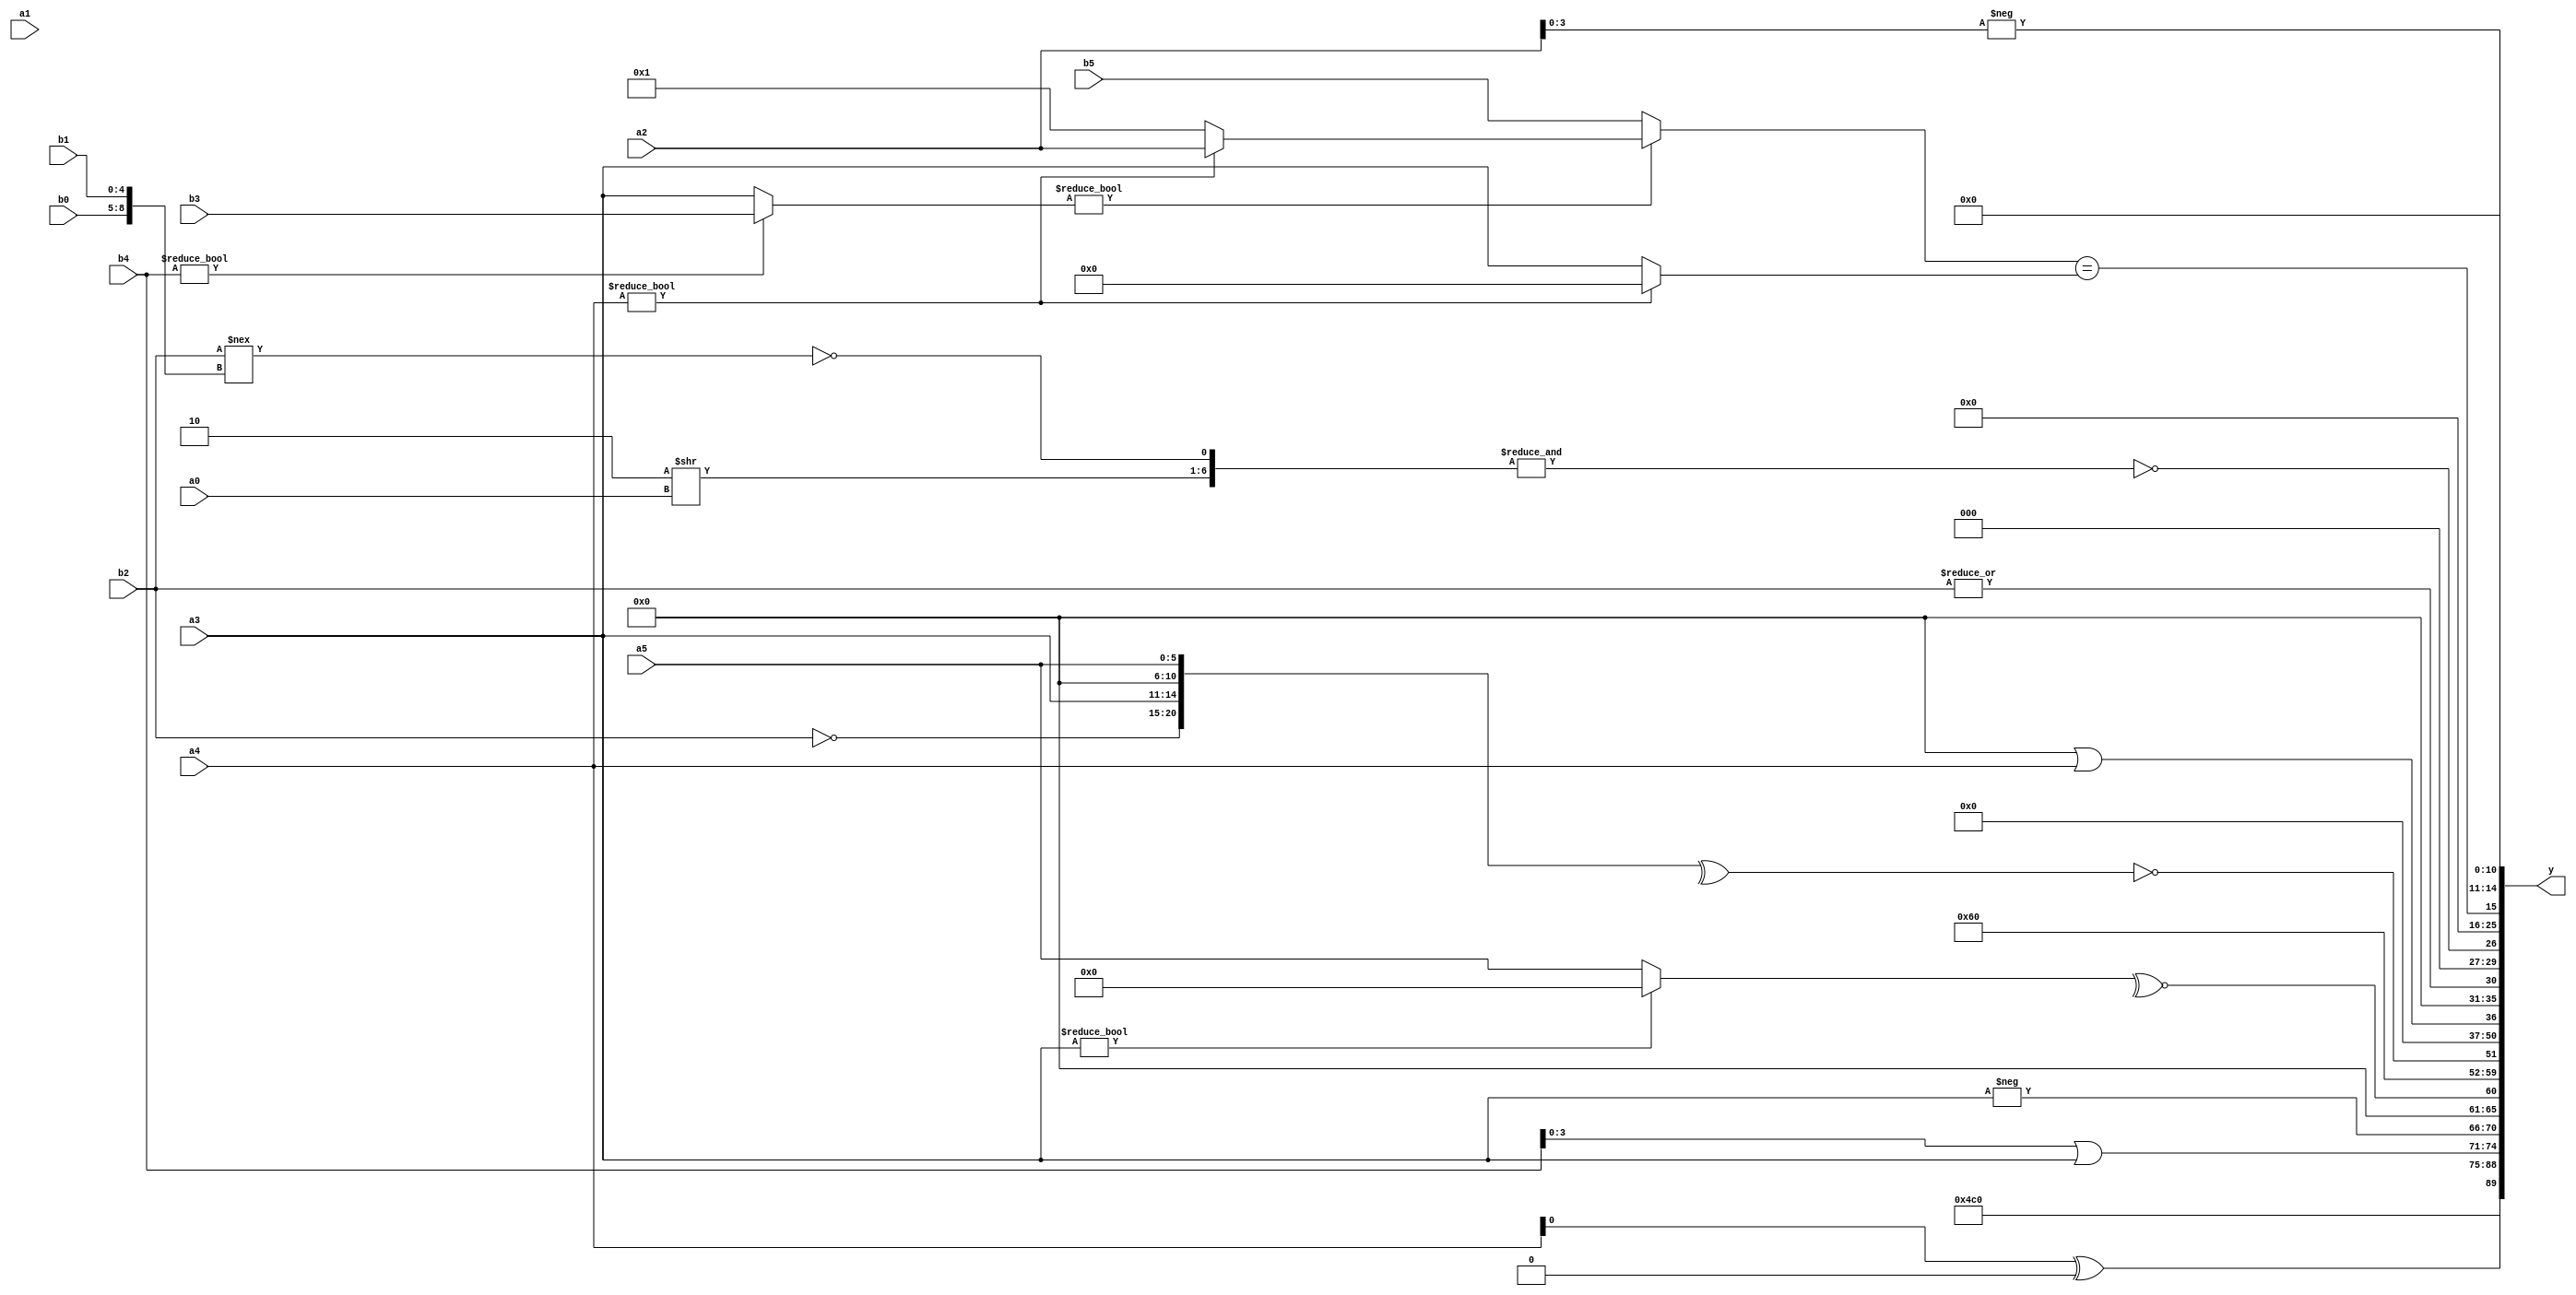
module expression_00968(a0, a1, a2, a3, a4, a5, b0, b1, b2, b3, b4, b5, y);
  input [3:0] a0;
  input [4:0] a1;
  input [5:0] a2;
  input signed [3:0] a3;
  input signed [4:0] a4;
  input signed [5:0] a5;

  input [3:0] b0;
  input [4:0] b1;
  input [5:0] b2;
  input signed [3:0] b3;
  input signed [4:0] b4;
  input signed [5:0] b5;

  wire [3:0] y0;
  wire [4:0] y1;
  wire [5:0] y2;
  wire signed [3:0] y3;
  wire signed [4:0] y4;
  wire signed [5:0] y5;
  wire [3:0] y6;
  wire [4:0] y7;
  wire [5:0] y8;
  wire signed [3:0] y9;
  wire signed [4:0] y10;
  wire signed [5:0] y11;
  wire [3:0] y12;
  wire [4:0] y13;
  wire [5:0] y14;
  wire signed [3:0] y15;
  wire signed [4:0] y16;
  wire signed [5:0] y17;

  output [89:0] y;
  assign y = {y0,y1,y2,y3,y4,y5,y6,y7,y8,y9,y10,y11,y12,y13,y14,y15,y16,y17};

  localparam [3:0] p0 = {(((2'd2)+(-2'sd1))||((5'd2)===(3'd1))),{(^((3'sd1)-(-2'sd0)))},(~^((~(4'sd0))>=((2'd0)>>(3'sd2))))};
  localparam [4:0] p1 = ((2'd0)>=(3'd1));
  localparam [5:0] p2 = (~^(({(5'sd3),(-3'sd0)}&&{(4'sd5)})==((&(-3'sd0))>>>(4'd15))));
  localparam signed [3:0] p3 = {4{(-2'sd0)}};
  localparam signed [4:0] p4 = (2'd3);
  localparam signed [5:0] p5 = (^((5'd2 * (3'd7))>>((-4'sd6)==(-5'sd12))));
  localparam [3:0] p6 = ((-4'sd0)?(2'd0):(4'd5));
  localparam [4:0] p7 = {(2'd2)};
  localparam [5:0] p8 = {((~&(2'd3))?(~^(5'd8)):{(4'sd6)}),((-(2'sd1))?(^(2'd1)):{(2'd3)}),({(-3'sd2)}?{(2'sd1),(3'd6),(2'sd1)}:((5'd18)?(5'sd15):(3'd1)))};
  localparam signed [3:0] p9 = (((4'd9)>(3'd6))?((5'sd4)?(5'sd8):(5'd29)):(|((-4'sd3)&(3'sd2))));
  localparam signed [4:0] p10 = (((3'd1)===(2'd0))<=((5'sd3)<(-3'sd1)));
  localparam signed [5:0] p11 = {3{(-(5'd3))}};
  localparam [3:0] p12 = {{(2'sd0),(3'sd2),(2'sd1)}};
  localparam [4:0] p13 = (-{(&(3'sd3))});
  localparam [5:0] p14 = {({3{(2'd2)}}!=={(5'sd2),(3'd7),(4'd15)}),{2{(-5'sd3)}},(3'sd2)};
  localparam signed [3:0] p15 = (((4'd8)?(-3'sd2):(-2'sd0))+{4{(4'd1)}});
  localparam signed [4:0] p16 = {({((5'd30)&(-3'sd3)),((2'd1)?(-4'sd6):(5'd6))}<<<({(5'd24),(3'd4),(4'sd7)}?((-3'sd1)?(2'sd1):(2'd3)):((2'sd0)===(3'd7))))};
  localparam signed [5:0] p17 = {(4'sd5),(4'd2),(-5'sd5)};

  assign y0 = {2{{(-3'sd1),(a4^p9),(3'd0)}}};
  assign y1 = (5'd19);
  assign y2 = $signed((~|(p11^p17)));
  assign y3 = (b4|a3);
  assign y4 = ((-p13)?(b1?a4:b3):(-a3));
  assign y5 = ((3'd1)?(~^(a3?p13:a5)):(~&(p3?a0:a0)));
  assign y6 = ({2{{4{p16}}}}-({2{p11}}>>>{p5}));
  assign y7 = {{1{{1{{(|{1{(!(~&{p11,a2,b3}))}}),(!(^{(~b2),{a3,p1,a5}}))}}}}}};
  assign y8 = ({4{p17}}<(p5>p8));
  assign y9 = (((~&(p0&p2))==($unsigned(p11)<<<{4{p10}}))&&((^(~|{1{p15}}))+($signed(p1)=={1{p16}})));
  assign y10 = {1{(p1||a4)}};
  assign y11 = (((|b2)<<(|p3))^(!{2{(|p15)}}));
  assign y12 = (~&{((-(~p2))>>(+(a0<<<p3))),(~&(((+b2))!=={b0,b1}))});
  assign y13 = $unsigned((2'd0));
  assign y14 = (((b4?b3:a3)?(a4?a2:p5):(p5?b5:b2))==((p12>>>p6)?(b5?a0:b0):(a4?p1:a3)));
  assign y15 = (((-a2)));
  assign y16 = (-3'sd0);
  assign y17 = {2{{3{(~^(~&p11))}}}};
endmodule